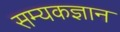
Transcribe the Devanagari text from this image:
सम्यकज्ञान